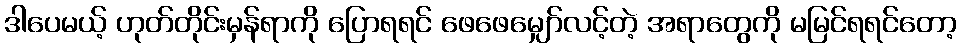
ဒါပေမယ့် ဟုတ်တိုင်းမှန်ရာကို ပြောရရင် ဖေဖေမျှော်လင့်တဲ့ အရာတွေကို မမြင်ရရင်တော့